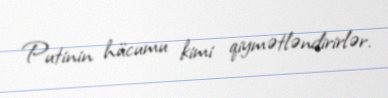
Putinin hücumu kimi qiymətləndirirlər.